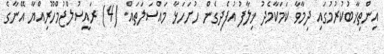
އިންތިޚާބުކުރުމުގައި ދިމާވާ ކަމަކާމެދު ޚިލާފު އުފެދިގެން ހުށަހަޅާ މައްސަލަތައް. (4) ރައީސުލްޖުމްހޫރިއްޔާ އޭނާގެ